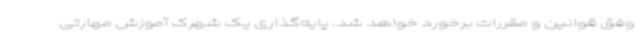
وفق قوانین و مقررات برخورد خواهد شد. پایه‌گذاری یک شهرک آموزش مهارتی